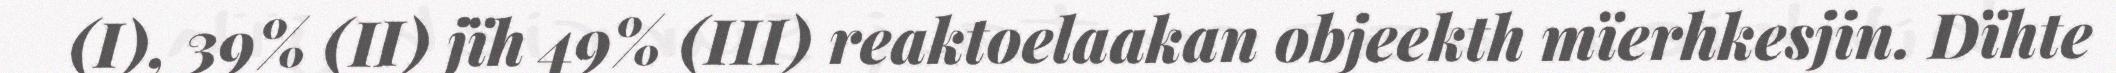
(I), 39% (II) jïh 49% (III) reaktoelaakan objeekth mïerhkesjin. Dïhte